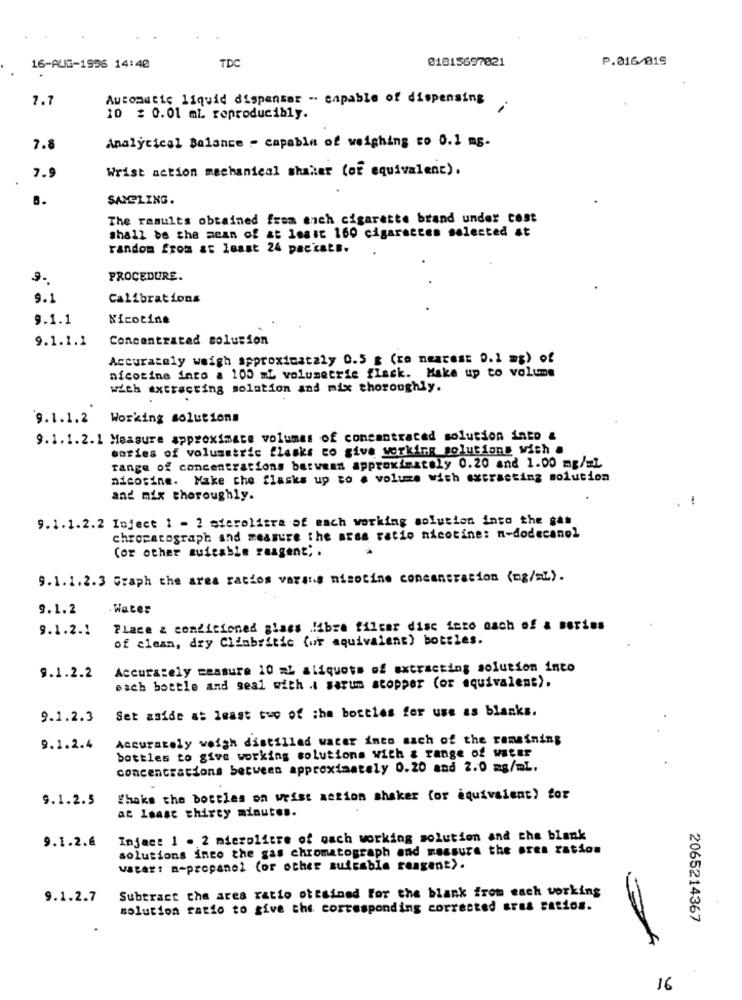
TDC
01815697021
P.016/019
16-AUG-1956 14:40
7.7
Automatic liquid dispenser .. capable of dispensing
10 : 0.01 ml. reproducibly.
Analytical Balance - capable of weighing co 0.1 mg.
7.8
Wrist action mechanical shaker (or equivalent).
7.9
SAMELING.
The results obtained from euch cigarette brand under cost
shall be the mean of at least 160 cigarettes selected at
random from at least 24 paccats.
9.
PROCEDURE.
9.1
Calibrations
9.1.1
Nicotine
9.1.1.1
Concentrated solution
Accurately weigh approximataly 0.5 g (ce nearest 0.1 ag) of
nicotine into a 100 ml volumetric flask. Make up to volume
with extracting solution and mix thoroughly.
9.1.1.2 Working solutions
9.1.1.2.1 Measure approximate volumes of concentrated solution into &
bories of volumetric flasks to give working solutions wish .
range of concentrations barwenn approximately 0.20 and 1.00 mg/=L
nicotine. Make che flasks up to . volume with extracting solution
and mix thoroughly.
-
9.1.1.2.2 Inject 1 - ? sterolitra of each working solution into the gas
chromatograph and measure the arsa ratio nicotine: n-dodecanol
(or other suitable raagent; .
9.1.1.2.3 Graph the area ratios varas nicotine concentration (mg/ml).
9.1.2
Water
9.1.2.1
Place & conditioned glass fibre filter disc into nach of a series
of clean, dry Climbritic (or equivalent) bottles.
Accurately measure 10 aL aliquots of extracting solution into
9.1.2.2
Bach bottle and seal with .. warum stopper (or equivalent).
Set aside at least two of ;ha bottles for use as blanks.
9.1.2.3
Accurately weigh distilled water ines mach of the remaining
9.1.2.4
bottles to give working solutions with & range of water
concentrations between approximately 0.20 and 2.0 mg/ml.
9.1.2.5
Shake the bottles on wrist action shaker (or equivalent) for
at least thirty minutes.
9.1.2.6
Infact 1 . 2 mierolitre of oach working solution and the blank
solutions into the gas chromatograph and measure the ores ration
vater: n-propanol (or other suicable reagent).
Subtract the ares ratio ottsined for the blank from each working
9.1.2.7
solution ratio to give the corresponding corrected sres satios.
2065214367
16